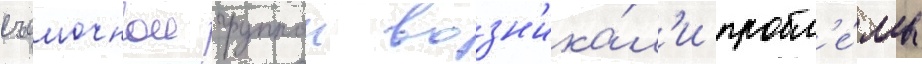
съемочнои группои возн'ика́л'и пробл'е́мы